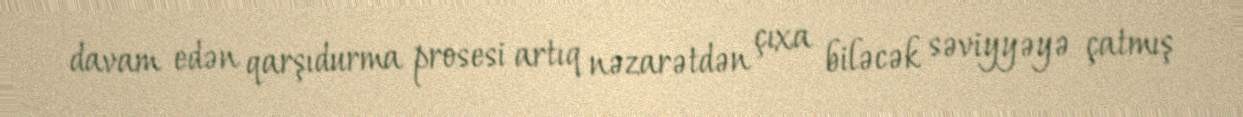
davam edən qarşıdurma prosesi artıq nəzarətdən çıxa biləcək səviyyəyə çatmış